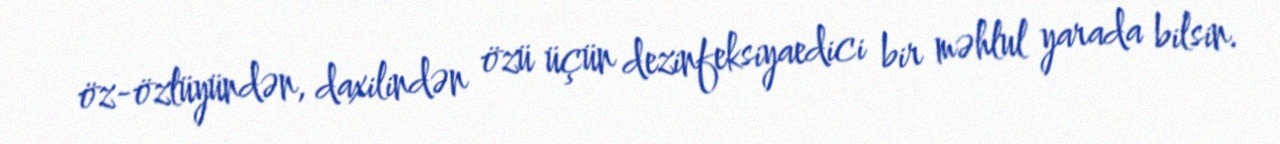
öz-özlüyündən, daxilindən özü üçün dezinfeksiyaedici bir məhlul yarada bilsin.